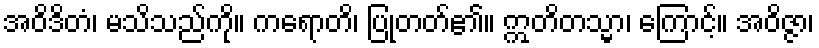
အဝိဒိတံ၊ မသိသည်ကို။ ကရောတိ၊ ပြုတတ်၏။ ဣတိတသ္မာ၊ ကြောင့်။ အဝိဇ္ဇာ၊